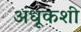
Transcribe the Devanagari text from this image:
अंधूकशी